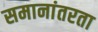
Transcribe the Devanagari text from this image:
समानांतरता